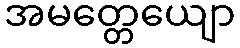
အမတ္တေယျော